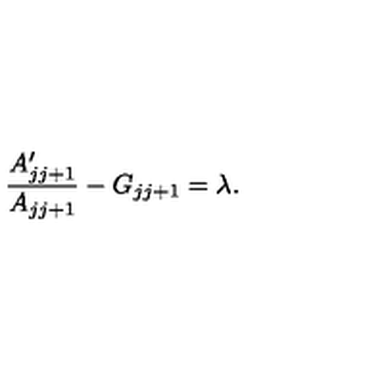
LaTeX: { \frac { A \sp \prime _ { j j + 1 } } { A _ { j j + 1 } } } - G _ { j j + 1 } = \lambda .